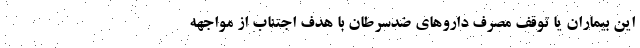
این بیماران یا توقف مصرف داروهای ضدسرطان با هدف اجتناب از مواجهه